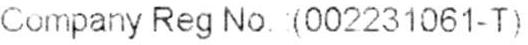
COMPANY REG NO.: (002231061-T)